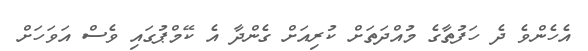
އެހެންވެ ދެ ހަފުތާގެ މުއްދަތަށް ކުރިއަށް ގެންދާ އެ ކޭމްޕުގައި ވެސް އަވަހަށް